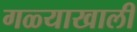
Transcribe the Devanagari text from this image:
गळ्याखाली